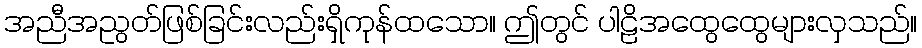
အညီအညွတ်ဖြစ်ခြင်းလည်းရှိကုန်ထသော။ ဤတွင် ပါဠိအထွေထွေများလှသည်။